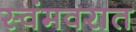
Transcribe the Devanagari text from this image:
स्वंमवरात